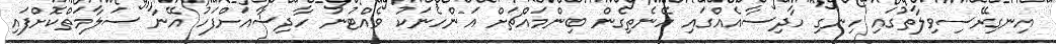
އިނގިރޭސިވިލާތުގައި ހިނގި ހާދިސާއެއްގައި ހޭނެތިގެން ބިންމައްޗަށް އަންހެނަކު ވެއްޓުނު ހާދިސާއަށްފަހު އޭނާ ސަލާމަތްކޮށްފައި